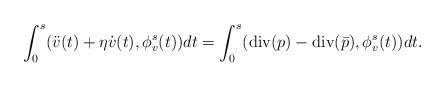
LaTeX: \begin{align*}\int_0^s(\ddot{v}(t) + \eta \dot{v}(t) ,\phi^s_v(t))dt=\int_0^s(\operatorname{div}(p)- \operatorname{div}(\bar{p}),\phi^s_v(t))dt.\end{align*}